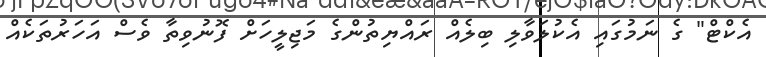
އެކްޓް" ގެ ނަމުގައި އެކުލަވާލި ބިލެއް ރައްޔިތުންގެ މަޖިލީހަށް ފޮނުވިތާ ވެސް އަހަރުތަކެއް